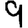
Digit: 9